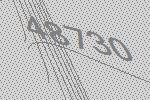
48730